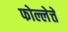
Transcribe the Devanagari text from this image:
फोल्लेत्ते